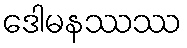
ဒေါမနဿဿ